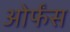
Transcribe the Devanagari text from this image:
ओर्फंस